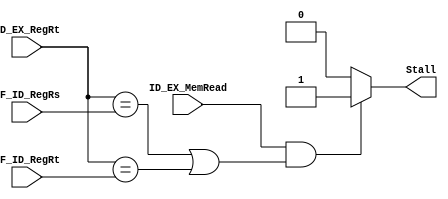
`timescale 1ns / 1ps

module HazardDetect(ID_EX_MemRead, ID_EX_RegRt, IF_ID_RegRs, IF_ID_RegRt, Stall);
input ID_EX_MemRead;
input [4:0] ID_EX_RegRt, IF_ID_RegRs, IF_ID_RegRt;
output Stall;
reg Stall;

always@(*)begin
    Stall = 1'b0;
    if (ID_EX_MemRead && (ID_EX_RegRt ==  IF_ID_RegRs || ID_EX_RegRt == IF_ID_RegRt))
    begin
        Stall = 1'b1;
    end
end

endmodule